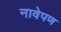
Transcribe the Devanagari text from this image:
नावेपण